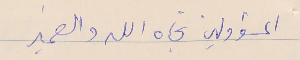
المسؤولين تجاه الله والضمير